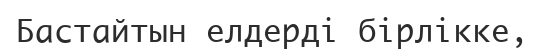
Бастайтын елдерді бірлікке,